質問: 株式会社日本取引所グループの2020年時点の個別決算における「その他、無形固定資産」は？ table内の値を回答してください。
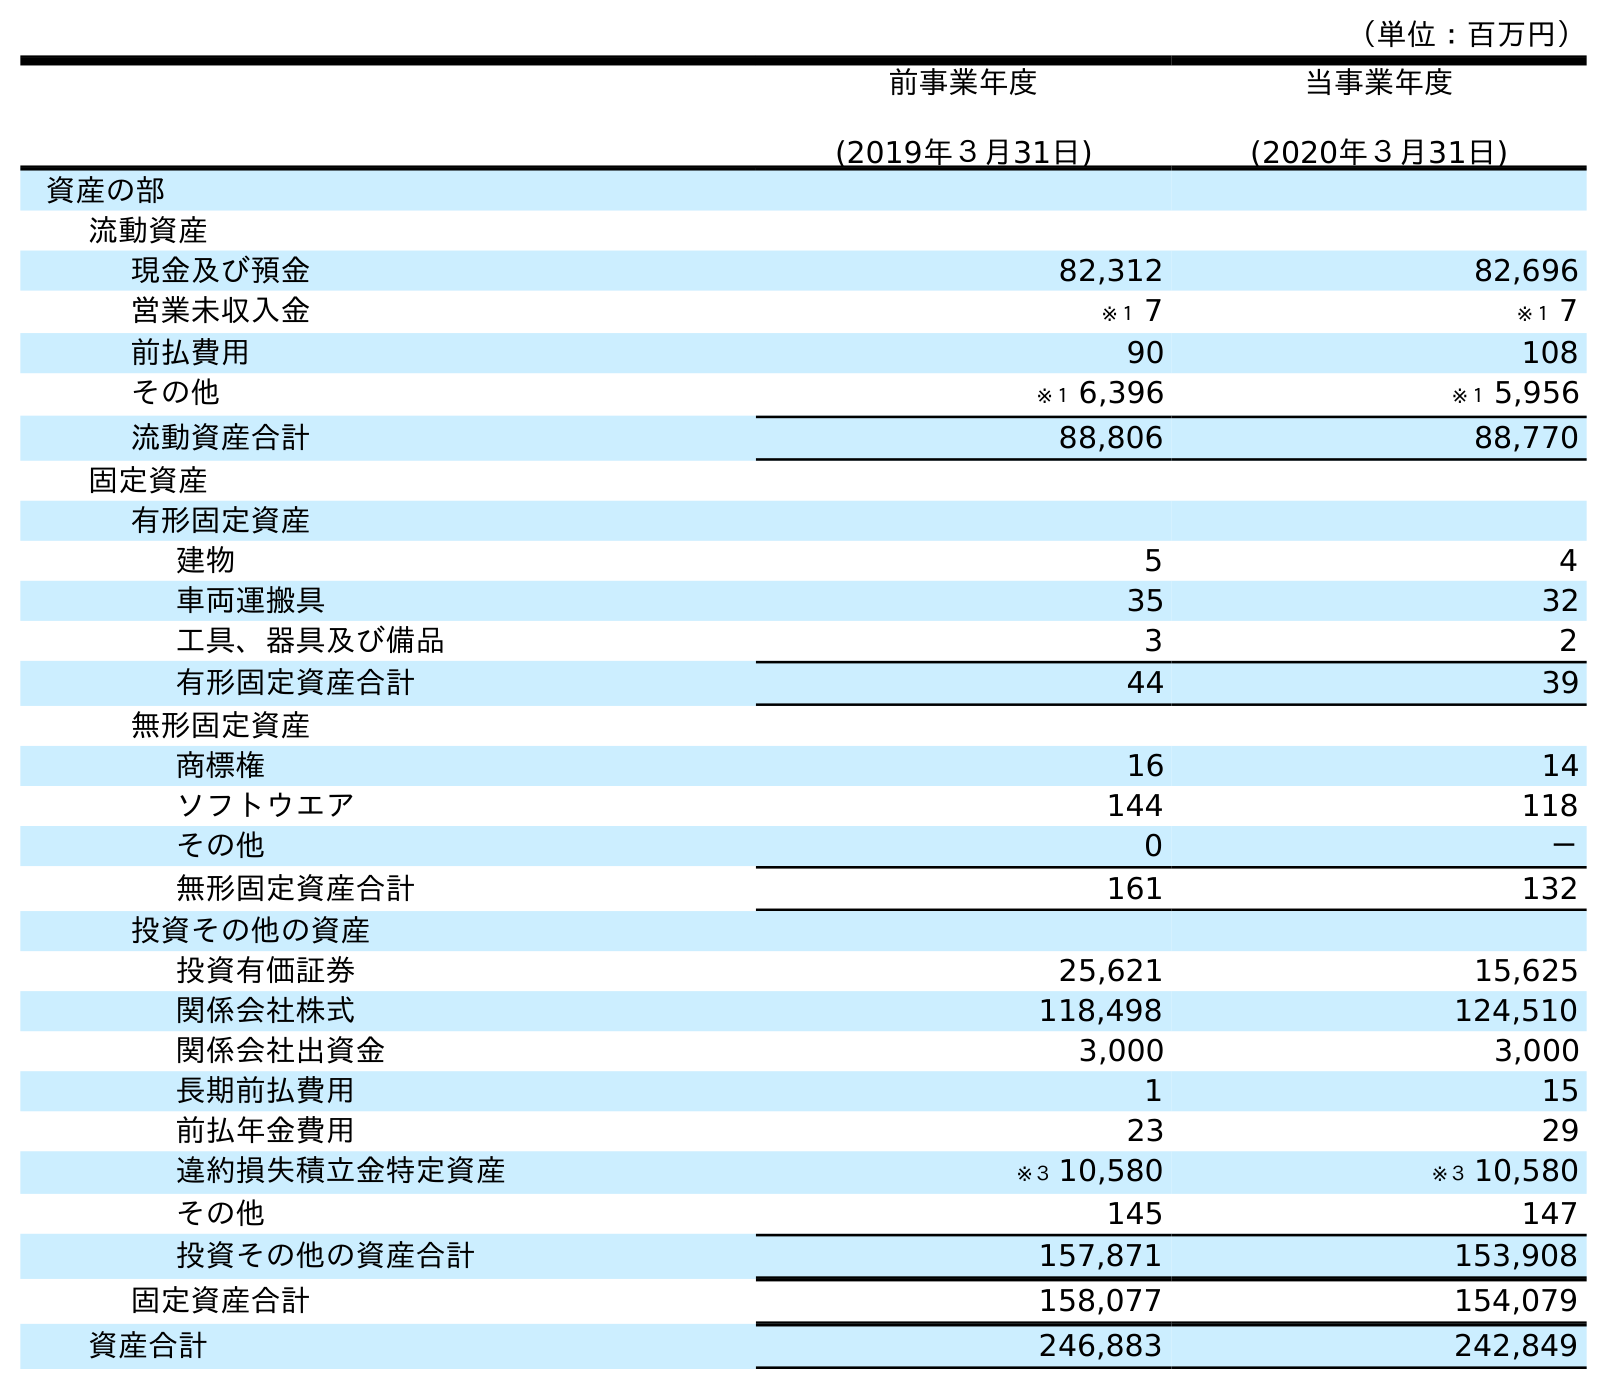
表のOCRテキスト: （単位：百万円） 前事業年度 (2019年３月31日) 当事業年度 (2020年３月31日) 資産の部 流動資産 現金及び預金 82,312 82,696 営業未収入金 ※１ 7 ※１ 7 前払費用 90 108 その他 ※１ 6,396 ※１ 5,956 流動資産合計 88,806 88,770 固定資産 有形固定資産 建物 5 4 車両運搬具 35 32 工具、器具及び備品 3 2 有形固定資産合計 44 39 無形固定資産 商標権 16 14 ソフトウエア 144 118 その他 0 － 無形固定資産合計 161 132 投資その他の資産 投資有価証券 25,621 15,625 関係会社株式 118,498 124,510 関係会社出資金 3,000 3,000 長期前払費用 1 15 前払年金費用 23 29 違約損失積立金特定資産 ※３ 10,580 ※３ 10,580 その他 145 147 投資その他の資産合計 157,871 153,908 固定資産合計 158,077 154,079 資産合計 246,883 242,849
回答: －